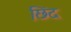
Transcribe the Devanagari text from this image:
छिंद